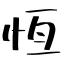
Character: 恆